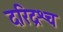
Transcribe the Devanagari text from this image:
दरिद्रश्च